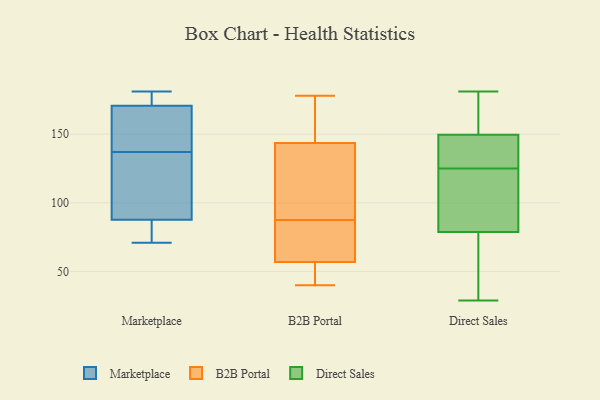
{"axis": {"x": "Revenue (USD Million)", "y": "Value"}, "legend": ["B2B Portal", "Direct Sales", "Marketplace"], "data": [{"x": "", "y": 148, "type": "Marketplace"}, {"x": "", "y": 173, "type": "Marketplace"}, {"x": "", "y": 137, "type": "Marketplace"}, {"x": "", "y": 74, "type": "Marketplace"}, {"x": "", "y": 180, "type": "Marketplace"}, {"x": "", "y": 71, "type": "Marketplace"}, {"x": "", "y": 181, "type": "Marketplace"}, {"x": "", "y": 164, "type": "Marketplace"}, {"x": "", "y": 80, "type": "Marketplace"}, {"x": "", "y": 128, "type": "Marketplace"}, {"x": "", "y": 111, "type": "Marketplace"}, {"x": "", "y": 45, "type": "B2B Portal"}, {"x": "", "y": 82, "type": "B2B Portal"}, {"x": "", "y": 149, "type": "B2B Portal"}, {"x": "", "y": 40, "type": "B2B Portal"}, {"x": "", "y": 59, "type": "B2B Portal"}, {"x": "", "y": 60, "type": "B2B Portal"}, {"x": "", "y": 93, "type": "B2B Portal"}, {"x": "", "y": 121, "type": "B2B Portal"}, {"x": "", "y": 162, "type": "B2B Portal"}, {"x": "", "y": 178, "type": "B2B Portal"}, {"x": "", "y": 138, "type": "B2B Portal"}, {"x": "", "y": 135, "type": "B2B Portal"}, {"x": "", "y": 152, "type": "B2B Portal"}, {"x": "", "y": 55, "type": "B2B Portal"}, {"x": "", "y": 44, "type": "B2B Portal"}, {"x": "", "y": 63, "type": "B2B Portal"}, {"x": "", "y": 146, "type": "Direct Sales"}, {"x": "", "y": 173, "type": "Direct Sales"}, {"x": "", "y": 88, "type": "Direct Sales"}, {"x": "", "y": 66, "type": "Direct Sales"}, {"x": "", "y": 114, "type": "Direct Sales"}, {"x": "", "y": 125, "type": "Direct Sales"}, {"x": "", "y": 133, "type": "Direct Sales"}, {"x": "", "y": 83, "type": "Direct Sales"}, {"x": "", "y": 160, "type": "Direct Sales"}, {"x": "", "y": 29, "type": "Direct Sales"}, {"x": "", "y": 112, "type": "Direct Sales"}, {"x": "", "y": 160, "type": "Direct Sales"}, {"x": "", "y": 33, "type": "Direct Sales"}, {"x": "", "y": 64, "type": "Direct Sales"}, {"x": "", "y": 125, "type": "Direct Sales"}, {"x": "", "y": 128, "type": "Direct Sales"}, {"x": "", "y": 181, "type": "Direct Sales"}]}